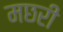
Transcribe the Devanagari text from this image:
मछरी